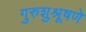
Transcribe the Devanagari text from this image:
गुरुशुश्रूषणे